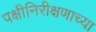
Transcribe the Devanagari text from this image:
पक्षीनिरीक्षणाच्या